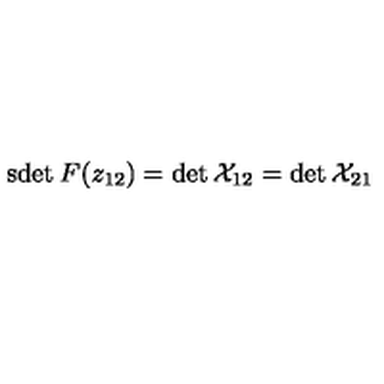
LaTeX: \mathrm { s d e t } \: F ( z _ { 1 2 } ) = \det { \cal X } _ { 1 2 } = \det { \cal X } _ { 2 1 }